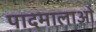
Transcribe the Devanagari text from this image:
पादमालाओं